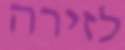
לזירה